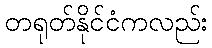
တရုတ်နိုင်ငံကလည်း